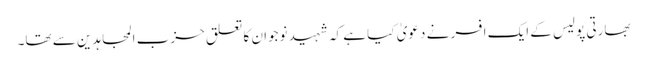
بھارتی پولیس کے ایک افسر نے دعویٰ کیا ہے کہ شہید نوجوان کا تعلق حزب المجاہدین سے تھا۔